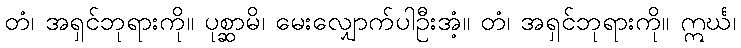
တံ၊ အရှင်ဘုရားကို။ ပုစ္ဆာမိ၊ မေးလျှောက်ပါဦးအံ့။ တံ၊ အရှင်ဘုရားကို။ ဣင်္ဃ၊